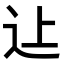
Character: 𨑗